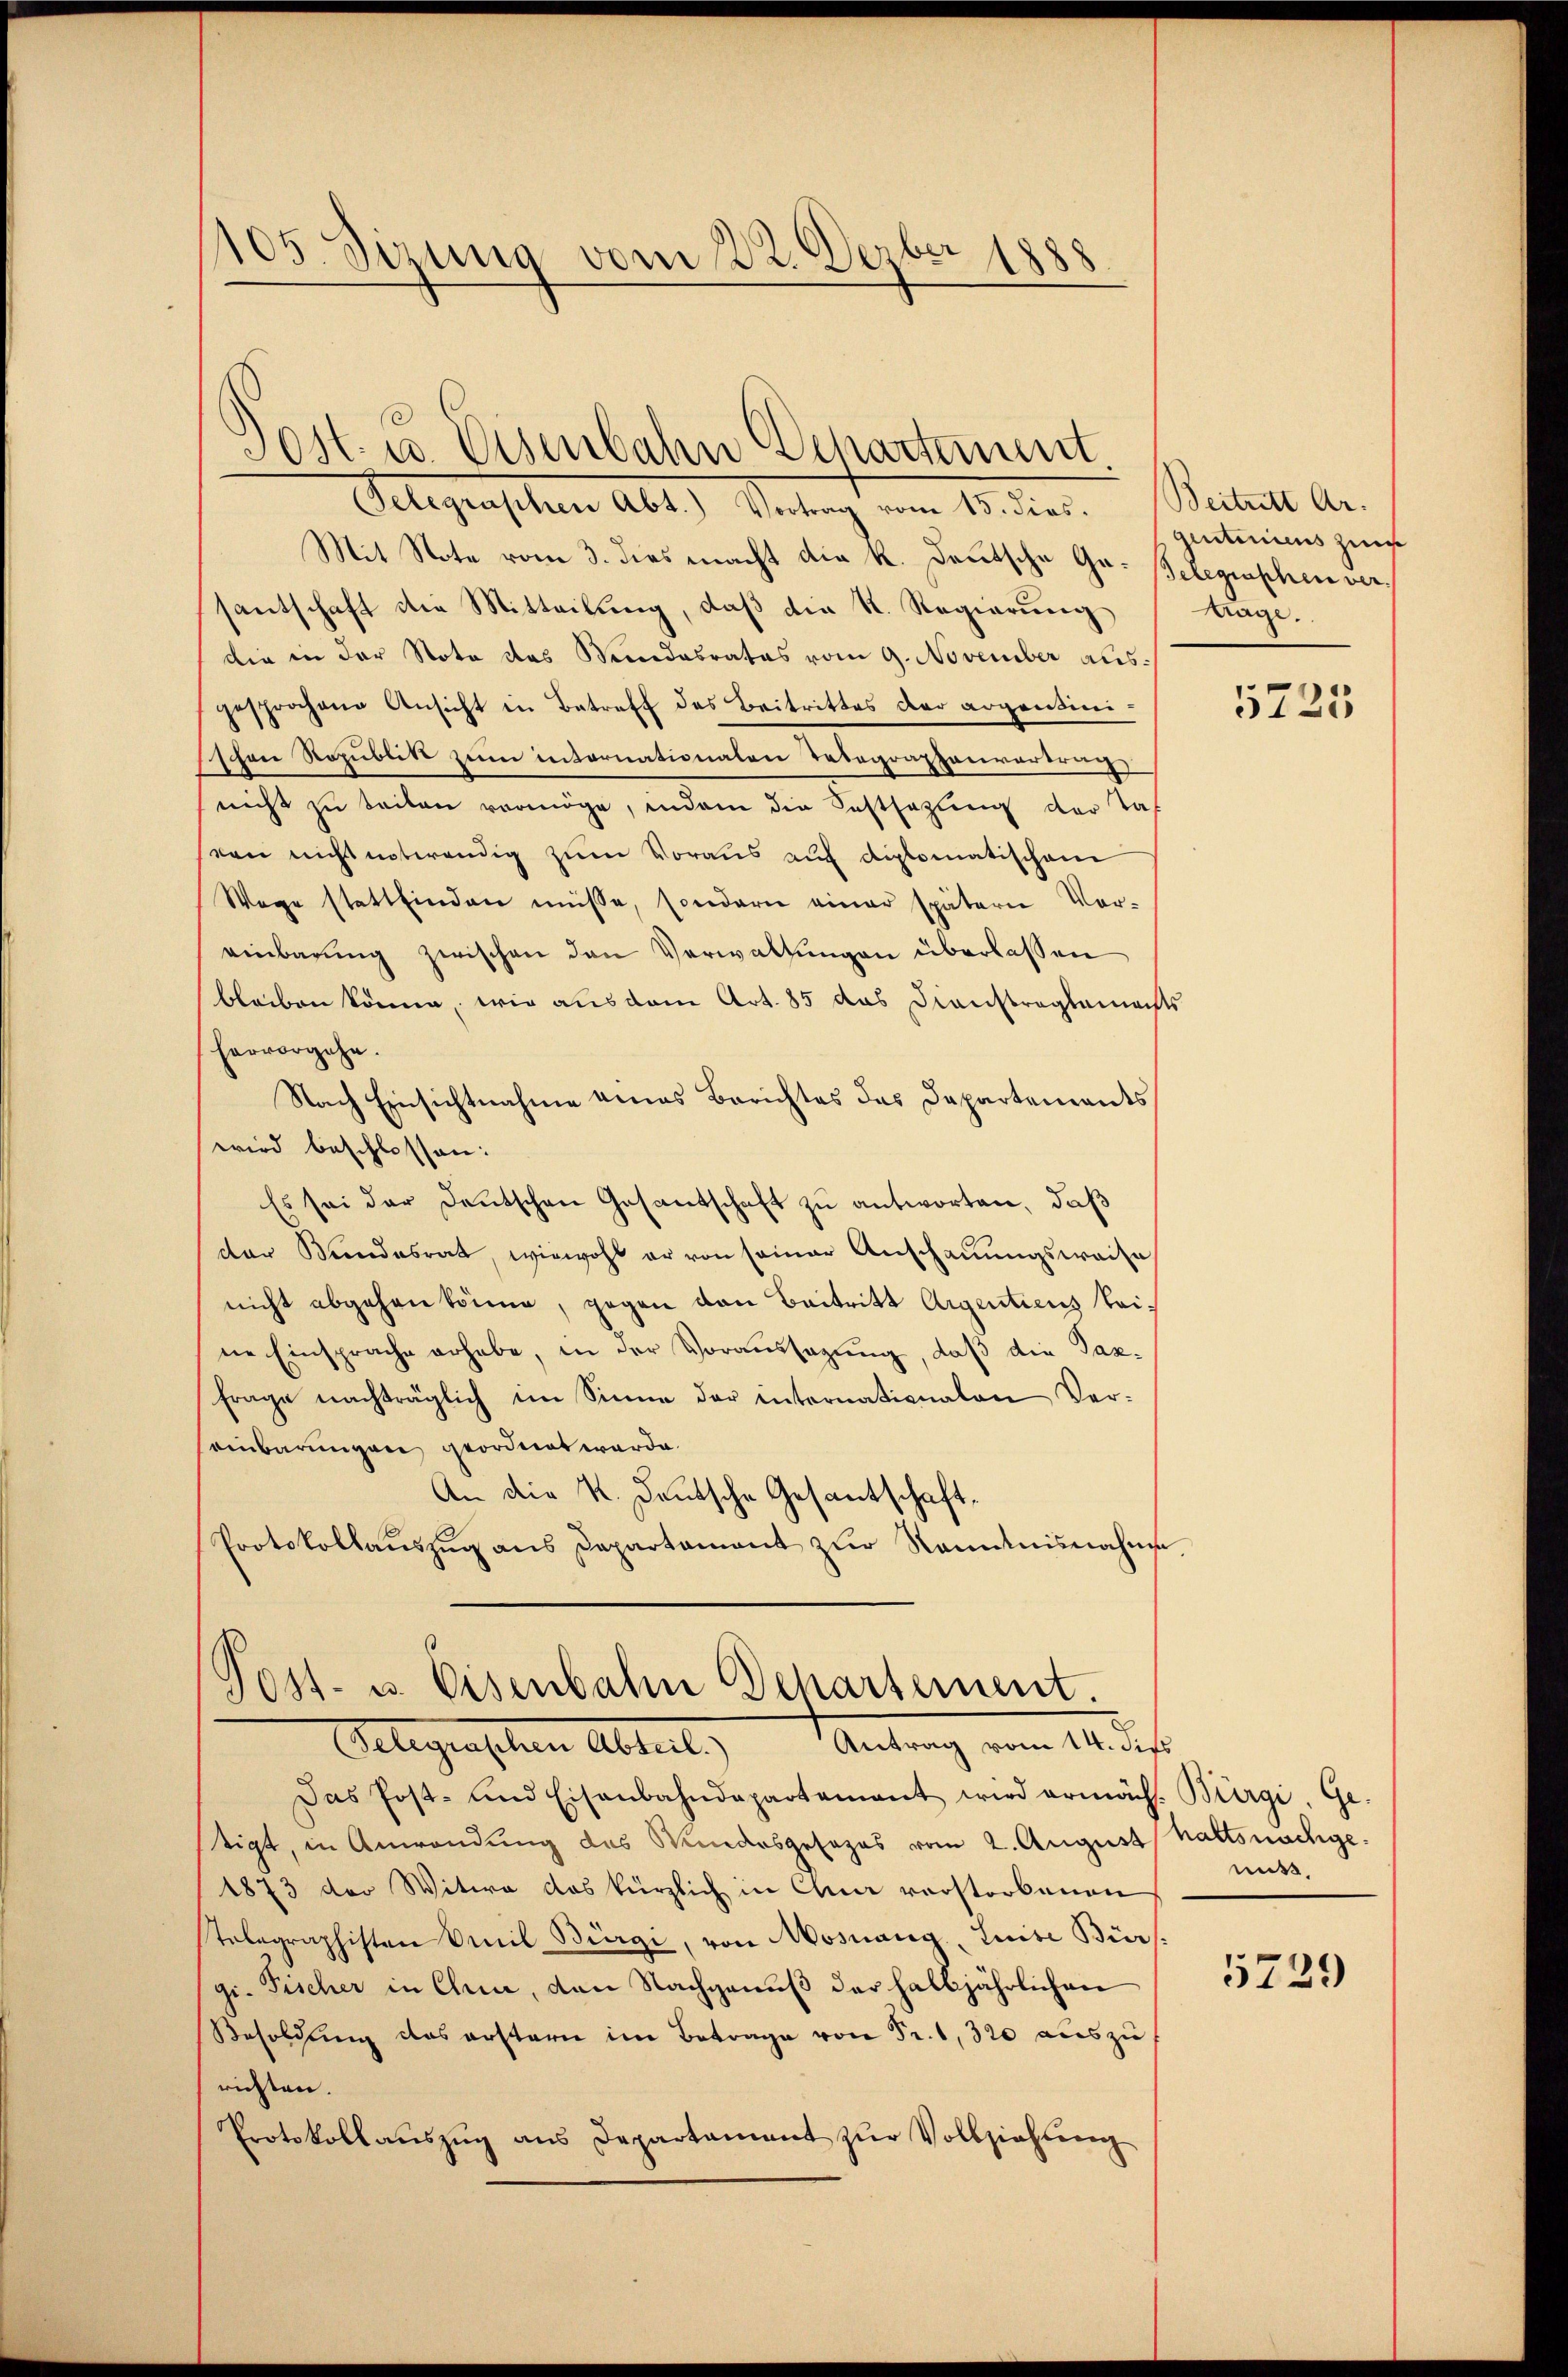
105. Sitzung vom 22. Dezbr 1888

Ost. u. Eisenbahn Departement
Gelegraphen Abt.) Vortrag vom 15. dies. Beitritt Ar-

Mit Note vom 3. dies macht die k. Deutsche Ga- Belegraphen versantschaft die Mitteilung, daß die R. Regierung
die in der Nota das Mindesrates vom 9. November ausgesprochene Ansicht in Betreff des Beitrittes der argentini-
schen Republik zum internationalen Telegraphenvorerung
nicht zu teilen vermöge, indem die Festsezung der Tas
sten nicht unterendig zum Voraus auf diplomatischen
Wege stattfinden müsse, sondern einer spätern Vor-
einbarung zwischen den Verwaltungen überlassen
bleiben könne, wie aus dem Art. 85 das Dienstreglemechts
hervorgehe.
Nach Einsichtnahme eines Berichtes das Departements
wird beschlossen:
Es sei der Deutschen Gesantschaft zu antworten, daß
der Bundesrat, wiewohl er von seiner Anschauungsweise
nicht abgehen könne, gegen von Beitritt Aigentiens keine Einsprache erhabe, in der Voraussagung, daß die Tax¬
Frage nachträglich im Sinne der internationalen Vereinbarungen geordnet werde.
An die K. Deutsche Gesantschaft,
Protokollaŭszŭg ans Departament zŭr Kenntnisnahme

Post- u. Eisenbahn Departement
Telegraphen Abteil. Antrag vom 14. dies

Das Post- und Eisenbahndepartamant wird ermäch. Bürgi, Ge-
tigt, in Anwendung des Wundesgesezes vom 2. August haltsnachge¬
1873 der Witwe das kürzlich in Chur verstorbenen
Telegraphisten Emil Bürgi, von Mosnang, Luite Biers.
gi. Fischer in Chie, von Nachgenuß der halbjährlichen
Besoldung das erstern im Betrage von Fr. 1, 320 auszu
richten.
Protokollaŭszŭg ans Departament zŭr Vollziehŭng

gitimirens zum
träge.

5725

miss

5729